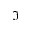
\Im